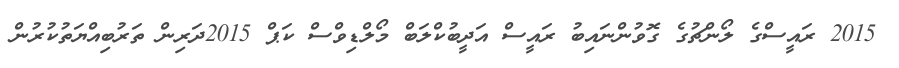
2015 ރައީސްގެ ލޯންޗުގެ ގޮވުންނައިބު ރައީސް އަދީބުކްލަބް މޯލްޑިވްސް ކަޕް 2015ދަރިން ތަރުބިއްޔަތުކުރުން